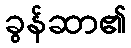
ခွန်ဆာ၏